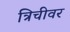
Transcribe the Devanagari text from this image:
त्रिचीवर